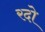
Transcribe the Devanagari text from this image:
रदो